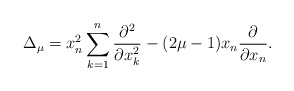
\begin{align*}\Delta_\mu = x_n^2\sum_{k=1}^n\frac{\partial^2 }{\partial x_k^2}-(2\mu-1)x_n\frac{\partial}{\partial x_n}.\end{align*}